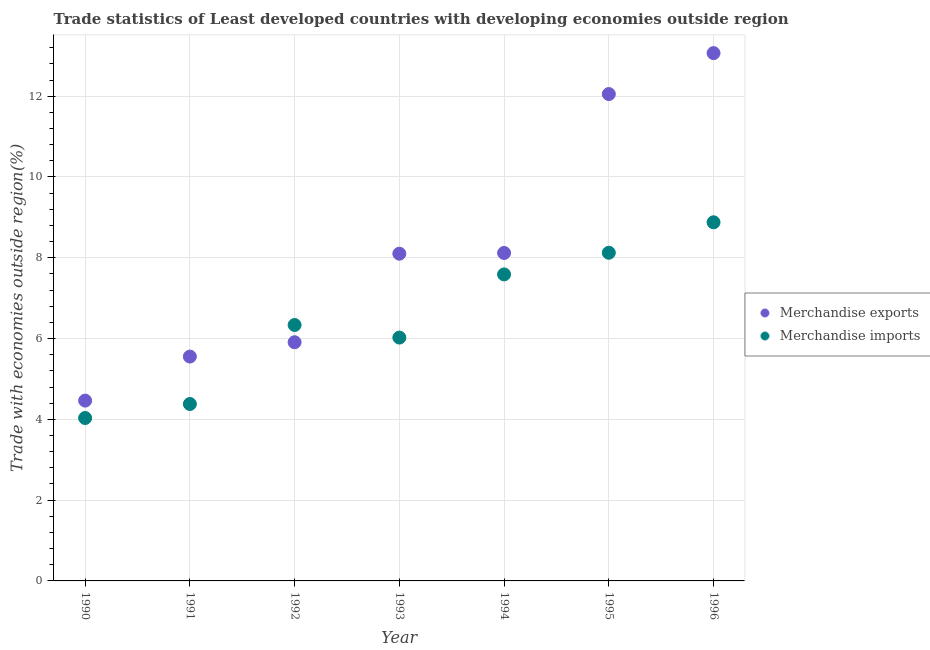
| Year | Merchandise exports | Merchandise imports |
 | --- | --- | --- |
 | 1990 | 4.46 | 4.03 |
 | 1991 | 5.55 | 4.38 |
 | 1992 | 5.91 | 6.34 |
 | 1993 | 8.1 | 6.02 |
 | 1994 | 8.12 | 7.59 |
 | 1995 | 12.1 | 8.12 |
 | 1996 | 13.1 | 8.88 |